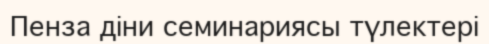
Пенза діни семинариясы түлектері